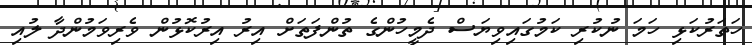
ހަތަރުކަޅި ހަމަ ނުކުރި ކަމުގައިވިޔަސް ދެމީހުންގެ ތުންފަތަށް އިރު އިރުކޮޅުން ވެރިވަމުންދާ ލުއި